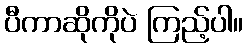
ပီကာဆိုကိုပဲ ကြည့်ပါ။